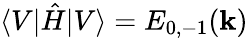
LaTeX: \langle V|\hat{H}|V\rangle=E_{0,-1}(\mathbf{k})